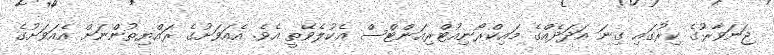
ޖަނަވާރުގެ ކިރުގައި ގިނަ އަދަދެއްގެ މައިކްރޯނިއުޓްރިއަންޓްސް އެކުލެވޭތީ އެވެ. އެއަވަށުގެ ރައްޔިތުންނަށް އެއަވަށުގެ